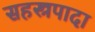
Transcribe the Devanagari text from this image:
सहस्त्रपादा